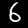
Digit: 6